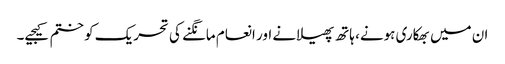
ان میں بھکاری ہونے، ہاتھ پھیلانے اور انعام مانگنے کی تحریک کو ختم کیجیے۔